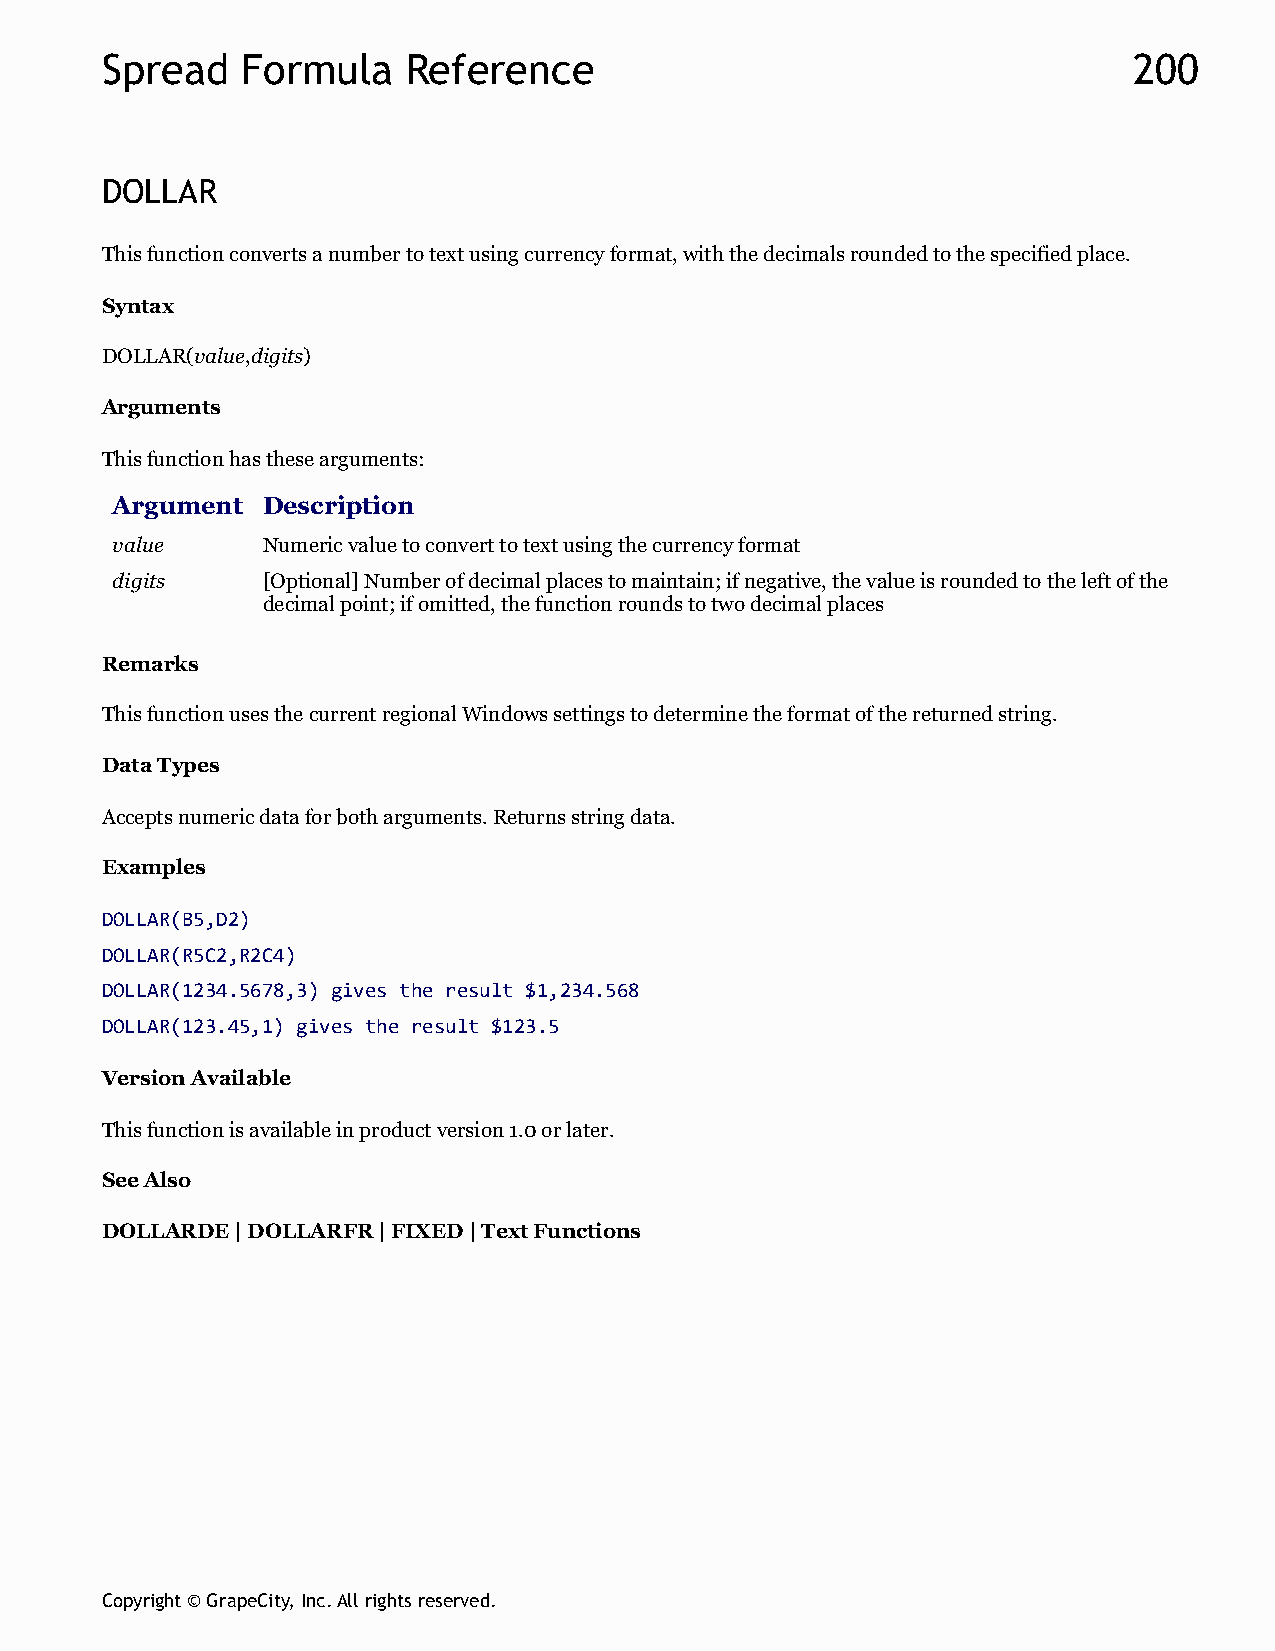
Spread   Formula    Reference                                       200
 DOLLAR
 This function converts a number to text using currency format, with the decimals rounded to the specified place.
 Syntax
 DOLLAR(value,digits)
 Arguments
 This function has these arguments:
 Argument  Description
 value     Numeric value to convert to text using the currency format
 digits    [Optional] Number of decimal places to maintain; if negative, the value is rounded to the left of the
 decimal point; if omitted, the function rounds to two decimal places
 Remarks
 This function uses the current regional Windows settings to determine the format of the returned string.
 Data Types
 Accepts numeric data for both arguments. Returns string data.
 Examples
 DOLLAR(B5,D2)
 DOLLAR(R5C2,R2C4)
 DOLLAR(1234.5678,3) gives the result $1,234.568
 DOLLAR(123.45,1) gives the result $123.5
 Version Available
 This function is available in product version 1.0 or later.
 See Also
 DOLLARDE | DOLLARFR | FIXED | Text Functions
 Copyright © GrapeCity, Inc. All rights reserved.